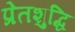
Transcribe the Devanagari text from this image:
प्रेतशुद्धि